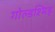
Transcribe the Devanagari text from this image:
गोल्डश्मिड्